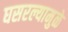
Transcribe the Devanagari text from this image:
घसरल्यामुळे